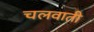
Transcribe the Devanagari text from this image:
चलवाती